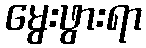
မွေးဖွားရာ